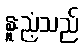
နူးညံ့သည်